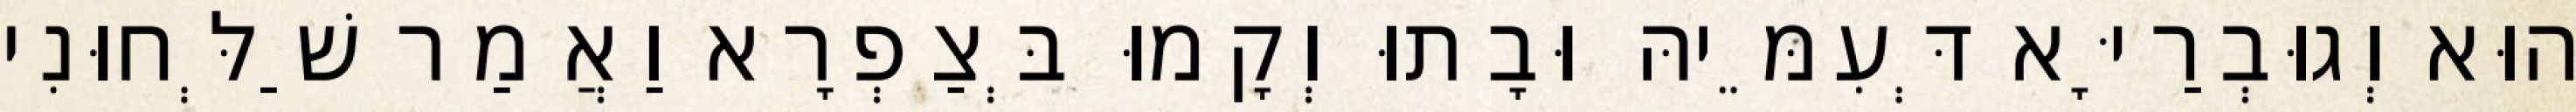
הוּא וְגוּבְרַיָּא דְּעִמֵּיהּ וּבָתוּ וְקָמוּ בְּצַפְרָא וַאֲמַר שַׁלְּחוּנִי